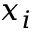
x _ { i }